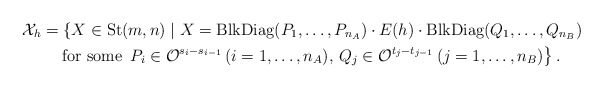
\begin{align*}\mathcal{X}_h &= \left\{ X \in {\rm St}(m,n) \mid X = {\rm BlkDiag}(P_1,\ldots,P_{n_A}) \cdot E(h) \cdot {\rm BlkDiag}(Q_1,\ldots,Q_{n_B}) \right. \\&\quad\left. \mbox{for some }\, P_i \in \mathcal{O}^{s_i-s_{i-1}} \, (i=1,\ldots,n_A), \, Q_j \in \mathcal{O}^{t_j-t_{j-1}} \, (j=1,\ldots,n_B) \right\}.\end{align*}